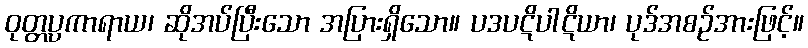
ဝုတ္တပ္ပကာရာယ၊ ဆိုအပ်ပြီးသော အပြားရှိသော။ ပဒပဋိပါဋိယာ၊ ပုဒ်အစဉ်အားဖြင့်။